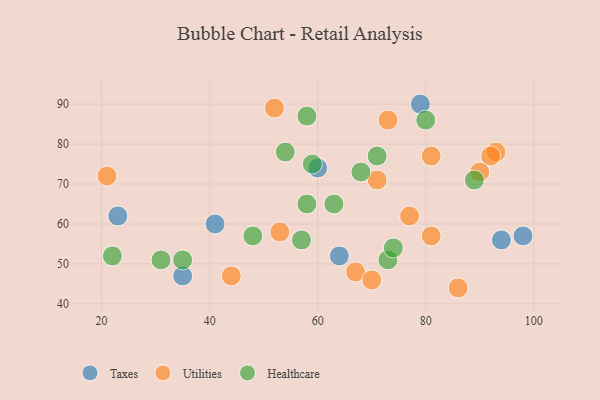
{"axis": {"x": "GDP", "y": "Life Expectancy"}, "legend": ["Healthcare", "Taxes", "Utilities"], "data": [{"x": "94", "y": 56, "type": "Taxes"}, {"x": "23", "y": 62, "type": "Taxes"}, {"x": "98", "y": 57, "type": "Taxes"}, {"x": "41", "y": 60, "type": "Taxes"}, {"x": "60", "y": 74, "type": "Taxes"}, {"x": "79", "y": 90, "type": "Taxes"}, {"x": "64", "y": 52, "type": "Taxes"}, {"x": "35", "y": 47, "type": "Taxes"}, {"x": "77", "y": 62, "type": "Utilities"}, {"x": "81", "y": 57, "type": "Utilities"}, {"x": "81", "y": 77, "type": "Utilities"}, {"x": "73", "y": 86, "type": "Utilities"}, {"x": "52", "y": 89, "type": "Utilities"}, {"x": "67", "y": 48, "type": "Utilities"}, {"x": "93", "y": 78, "type": "Utilities"}, {"x": "21", "y": 72, "type": "Utilities"}, {"x": "86", "y": 44, "type": "Utilities"}, {"x": "53", "y": 58, "type": "Utilities"}, {"x": "92", "y": 77, "type": "Utilities"}, {"x": "70", "y": 46, "type": "Utilities"}, {"x": "44", "y": 47, "type": "Utilities"}, {"x": "90", "y": 73, "type": "Utilities"}, {"x": "71", "y": 71, "type": "Utilities"}, {"x": "31", "y": 51, "type": "Healthcare"}, {"x": "80", "y": 86, "type": "Healthcare"}, {"x": "22", "y": 52, "type": "Healthcare"}, {"x": "48", "y": 57, "type": "Healthcare"}, {"x": "73", "y": 51, "type": "Healthcare"}, {"x": "35", "y": 51, "type": "Healthcare"}, {"x": "59", "y": 75, "type": "Healthcare"}, {"x": "54", "y": 78, "type": "Healthcare"}, {"x": "58", "y": 65, "type": "Healthcare"}, {"x": "74", "y": 54, "type": "Healthcare"}, {"x": "57", "y": 56, "type": "Healthcare"}, {"x": "63", "y": 65, "type": "Healthcare"}, {"x": "58", "y": 87, "type": "Healthcare"}, {"x": "71", "y": 77, "type": "Healthcare"}, {"x": "89", "y": 71, "type": "Healthcare"}, {"x": "68", "y": 73, "type": "Healthcare"}]}